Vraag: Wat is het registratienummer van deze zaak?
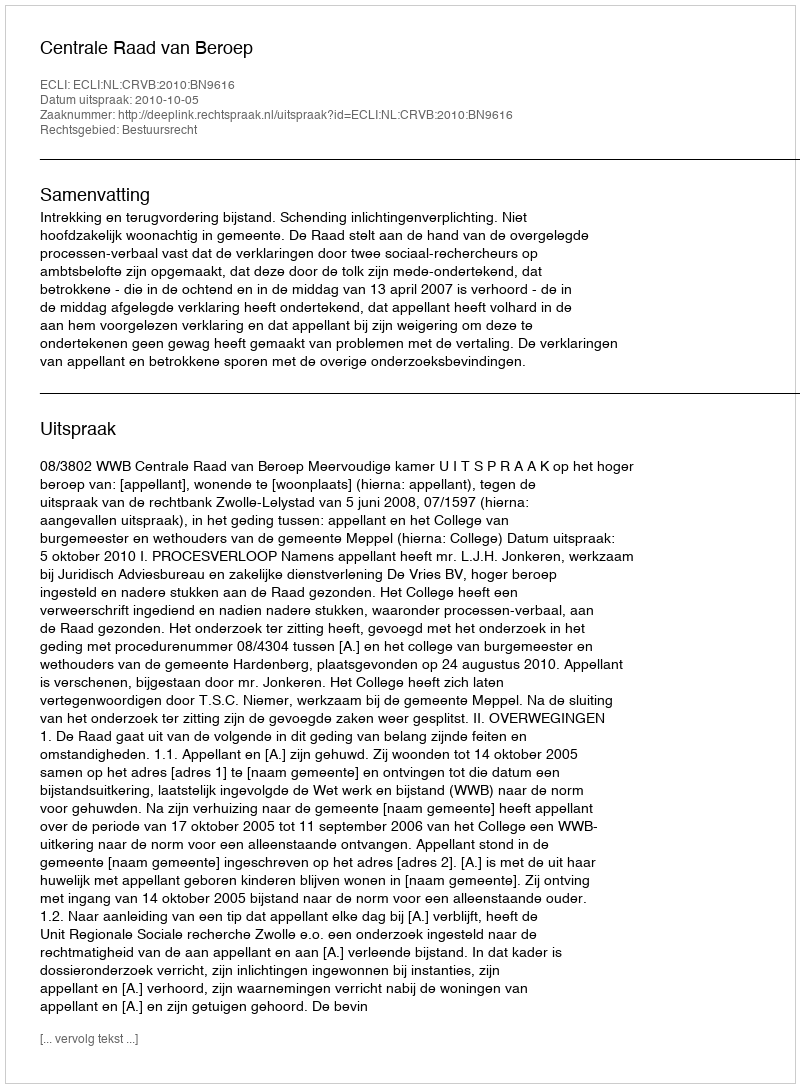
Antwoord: http://deeplink.rechtspraak.nl/uitspraak?id=ECLI:NL:CRVB:2010:BN9616